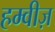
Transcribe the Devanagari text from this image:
हम्वीज़